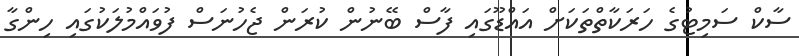
ސާކް ސަމިޓުގެ ހަރަކާތްތަކަށް އައްޑޫގައި ފާސް ބޭނުން ކުރަން ޖެހުނަސް ފުވައްމުލަކުގައި ހިންގާ